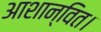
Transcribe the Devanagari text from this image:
आशान्वित।